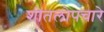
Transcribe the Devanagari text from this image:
शीतलोपचारे